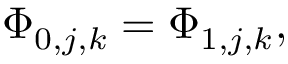
\Phi _ { 0 , j , k } = \Phi _ { 1 , j , k } ,